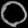
Digit: ၀